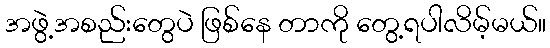
အဖွဲ့အစည်းတွေပဲ ဖြစ်နေ တာကို တွေ့ရပါလိမ့်မယ်။